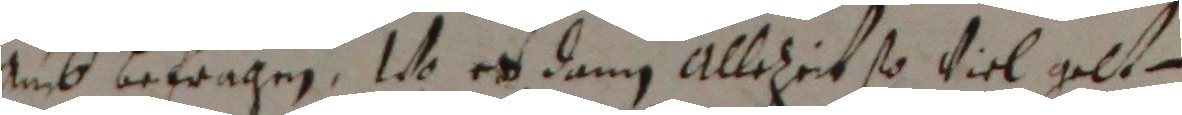
umb befragen, wo es dann allehzeit so viel gelt